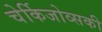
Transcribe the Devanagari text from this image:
चेर्किजोव्सकी